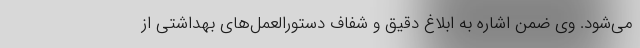
می‌شود. وی ضمن اشاره به ابلاغ دقیق و شفاف دستورالعمل‌های بهداشتی از